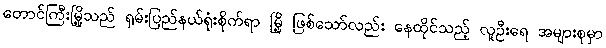
တောင်ကြီးမြို့သည် ရှမ်းပြည်နယ်ရုံးစိုက်ရာ မြို့ ဖြစ်သော်လည်း နေထိုင်သည့် လူဦးရေ အများစုမှာ